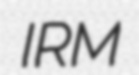
IRM